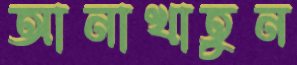
আনাখাতুন